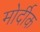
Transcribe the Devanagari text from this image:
मोर्दीक